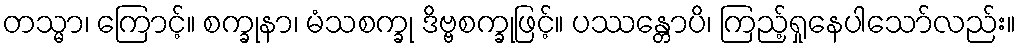
တသ္မာ၊ ကြောင့်။ စက္ခုနာ၊ မံသစက္ခု ဒိဗ္ဗစက္ခုဖြင့်။ ပဿန္တောပိ၊ ကြည့်ရှုနေပါသော်လည်း။